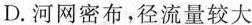
D.河网密布，径流量较大